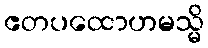
ဧတပထောဟမသ္မိ